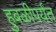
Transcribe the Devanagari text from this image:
हुबळीपर्यंत